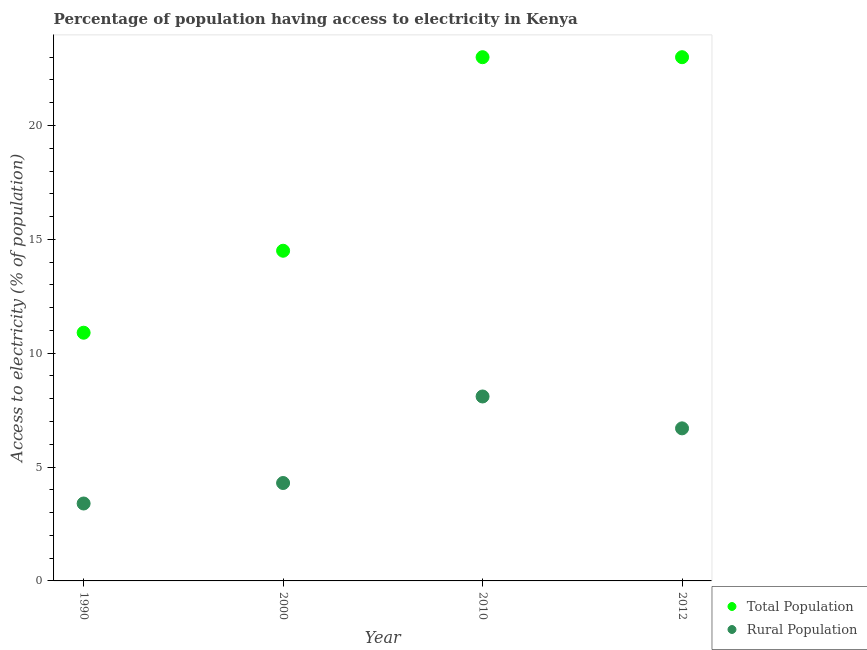
| Year | Total Population | Rural Population |
 | --- | --- | --- |
 | 1990 | 10.9 | 3.4 |
 | 2000 | 14.5 | 4.3 |
 | 2010 | 23 | 8.1 |
 | 2012 | 23 | 6.7 |